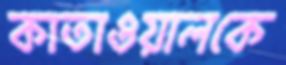
কাতাওয়ালকে